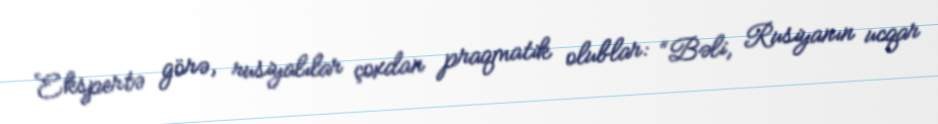
Ekspertə görə, rusiyalılar çoxdan praqmatik olublar: “Bəli, Rusiyanın ucqar